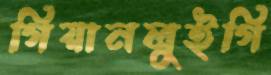
গিয়ানলুইগি